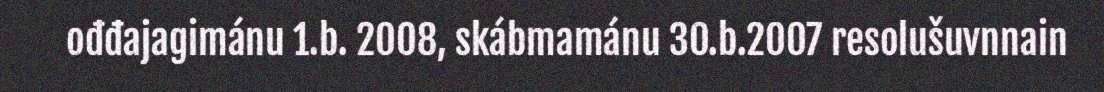
ođđajagimánu 1.b. 2008, skábmamánu 30.b.2007 resolušuvnnain